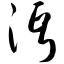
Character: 沔